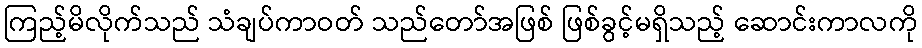
ကြည့်မိလိုက်သည် သံချပ်ကာဝတ် သည်တော်အဖြစ် ဖြစ်ခွင့်မရှိသည့် ဆောင်းကာလကို